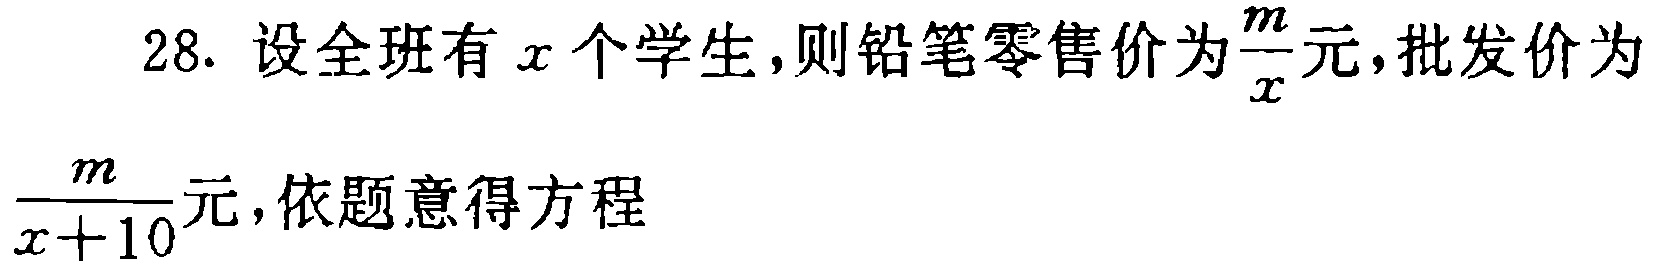
28. 设全班有\(x\)个学生，则铅笔零售价为\(\frac{m}{x}\)元，批发价为\(\frac{m}{x + 10}\)元，依题意得方程